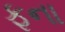
ફના